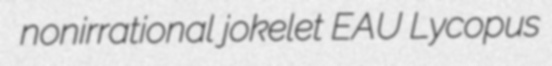
nonirrational jokelet EAU Lycopus